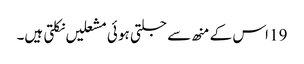
19 اس کے منھ سے جلتی ہو ئی مشعلیں نکلتی ہیں۔